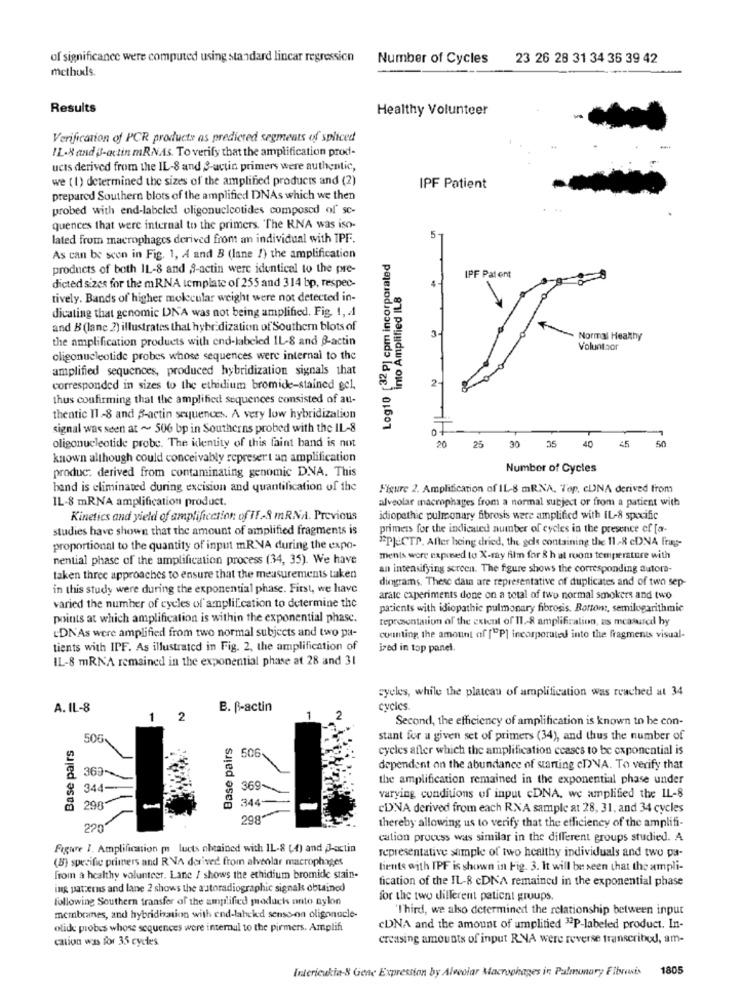
of significance were computed using standard linear regression
Number of Cycles
23 26 28 31 34 36 39 42
methods.
Results
Healthy Volunteer
Verification of PCR products as predicted segments of spliced
IL.8 and B-actin mRNAs. To verify that the amplification prod-
ucis derived from the IL-8 and 3-actin primers were authentic,
we ( 1) determined the sizes of the amplified products and (2)
IPF Patient
prepared Southern blots of the amplified DNAs which we then
probed with end-labeled oligonucleotides composed of sc-
quences that were internal to the primers. The RNA was iso-
lated from macrophages derived from an individual with IPF.
5
As can be seen in Fig. 1, A and B (lane !) the amplification
Log10 [32p] cpm incorporated
products of both IL-8 and 3-actin were identical to the pre-
dicted sizes for the mRNA template of 255 and 314 bp, respec-
into Amplified IL8
IPF Patent
tively. Bands of higher molecular weight were not detected in-
dicating that genomic DNA was not being amplified. Fig. 1, 4
and B (lane 2) illustrates that hybridization of Southern blots of
the amplification products with end-labeled IL-8 and B-actin
3.
Normal Healthy
Voluntbor
oligonucleotide probes whose sequences were internal to the
amplified sequences, produced hybridization signals that
2-
corresponded in sizes to the ethidium bromide-stained gel,
thus confirming that the amplified sequences consisted of au-
thentic I1 -8 and B-actin sequences. A very low hybridization
signal was seen at ~ 506 bp in Southerns probed with the IL-8
30
50
oligonucleotide probe. The identity of this faint band is not
20
25
35 40
45
known although could conceivably represent an amplification
produc: derived from contaminating genomic DNA. This
Number of Cycles
hand is eliminated during excision and quantification of the
Figure 2. Amplification of IL-8 mRNA. Top. cUNA derived from
IL-8 mRNA amplification product.
alveolar macrophages from a normal subject or from a patient with
Kinetics and yield of amplification of IF-9 mRNA. Previous
idiopathic pulmonary fibrosis were amplified with IL-8 specific
studies have shown that the amount of amplified fragments is
primers for the indicated number of cycles in the presence of [a-
"PJ CTP. After being dried, the gole containing the 11-8 cDNA frags-
proportional to the quantity of input mR VA during the expo-
nential phase of the amplification process (34, 35). We have
menis wore exposed to X-ray film for & h at room temperature with
an intensifying screen. The figure shows the corresponding autora-
taken three approaches to ensure that the measurements taken
dinggrams. These dat are representative of duplicates and of two sep-
in this study were during the exponential phase. First, we have
arate experiments done on a total of two normal smokers and two
varied the number of cycles of amplification to determine the
patients with idiopathic pulmonary fibrosis. Bottom :, semilogarithmic
points at which amplification is within the exponential phase.
representation of the extent of 11 .- 8 amplification, as measured hy
LDN'As were amplified from two normal subjects and two pa-
counting the amount of ["P] incorporated into the fragments visual-
tients with IPF. As illustrated in Fig. 2. the amplification of
ized in top panel.
IL-8 mRNA remained in the exponential phase at 28 and 31
cycles, while the plateau of amplification was reached at 34
A. IL-8
B. P-actin
cycles.
1
2
1
Second, the efficiency of amplification is known to he con-
Base pairs
506
Base pairs
stant for a given set of primers (34), and thus the number of
506
cycles after which the amplification ccases to be exponential is
dependent on the abundance of starting cDNA. To verify that
369
the amplification remained in the exponential phase under
344-
369-
298
344-
varying conditions of input cDNA, we amplified the IL-8
cDNA derived from each RNA sample at 28, 31. and 34 cycles
298"
thereby allowing us to verify that the efficiency of the amplifi-
220"
cation process was similar in the different groups studied. A
Figure 1. Amplification ( lucts obtained with IL-8 (4) and J-actin
representative sample of two healthy individuals and two pa-
(B) specific primers and RVA derived from alveolar macrophages
tients with IPF is shown in Fig. 3. It will be seen that the ampli-
from a healthy volunteer. Lane / shows the ethidium bromide stain-
fication of the IL-8 cDNA remained in the exponential phase
ing patterns and lane 2 shows the autoradiographic signals obtained
following Southern transfer of the amplified modacks anto nylon
for the two different patient groups
"Third, we also determined the relationship between input
membranes, and hybridization with end-labeled senso-on oligonucle-
olide probes whose sequences were internul to the pirmers. Amplifi
cDNA and the amount of umplitied "2P-labeled product. In-
cation was for 35 cycles
creasing amounts of input RNA were reverse transcribed, am-
1805
Indericukia-& Gene Expression by Alveolar Macrophages in Pulmonary Fibrosis